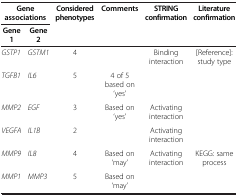
| <COLSPAN=2> Gene associations | Considered phenotypes | Comments | STRING confirmation | Literature confirmation |
 | Gene 1 | Gene 2 |  |  |  |  |
 | --- | --- | --- | --- | --- | --- |
 | GSTP1 | GSTM1 | 4 |  | Binding interaction | [Reference]: study type |
 | TGFB1 | IL6 | 5 | 4 of 5 based on ‘yes’ |  |  |
 | MMP2 | EGF | 3 | Based on ‘yes’ | Activating interaction |  |
 | VEGFA | IL1B | 2 |  | Activating interaction |  |
 | MMP9 | IL8 | 4 | Based on ‘may’ | Activating interaction | KEGG: same process |
 | MMP1 | MMP3 | 5 | Based on ‘may’ |  |  |